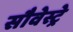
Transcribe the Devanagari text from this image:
सौवेस्ट्रे